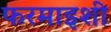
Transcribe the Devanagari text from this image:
फरमाइशी